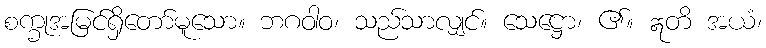
စက္ခုအမြင်ရှိတော်မူသော။ ဘဂဝါဝ၊ သည်သာလျှင်။ သေဋ္ဌော၊ ၏။ ဣတိ အယံ၊